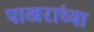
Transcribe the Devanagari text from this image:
पाखरांच्या